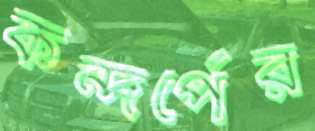
কন্দর্পের